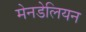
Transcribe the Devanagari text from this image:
मेनडेलियन